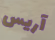
آريس